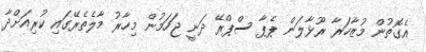
އެގޮތުން މުޒާހަރާ ރޫޅާލަން ޕެޕާ ސްޕްރޭ ދަނީ ޖަހަމުން މިހާރު މާލެތެރޭގައި ކުރިއަށްދާ